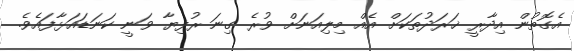
އެގޮތުން އިދާރީ ޚަރަދުތަކަށް އެއް މިލިއަނަށް ވުރެ ގިނަ ރުފިޔާ ވަނީ ކަނަޑައަޅާފައެވެ.